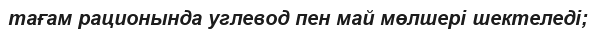
тағам рационында углевод пен май мөлшері шектеледі;